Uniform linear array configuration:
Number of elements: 12
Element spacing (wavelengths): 0.75
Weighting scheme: uniform
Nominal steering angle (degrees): -60
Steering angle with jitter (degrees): -61.919
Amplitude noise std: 0.05
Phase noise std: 0.05

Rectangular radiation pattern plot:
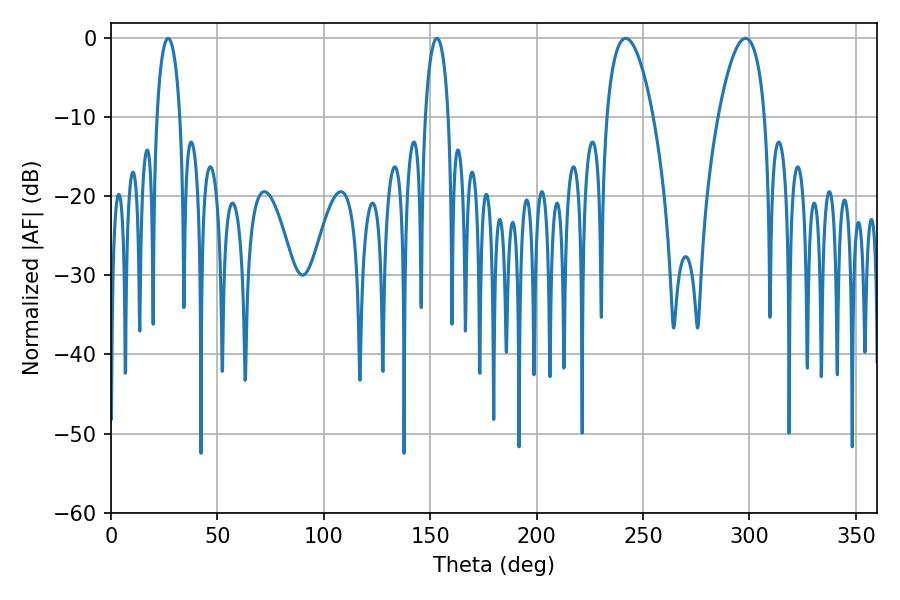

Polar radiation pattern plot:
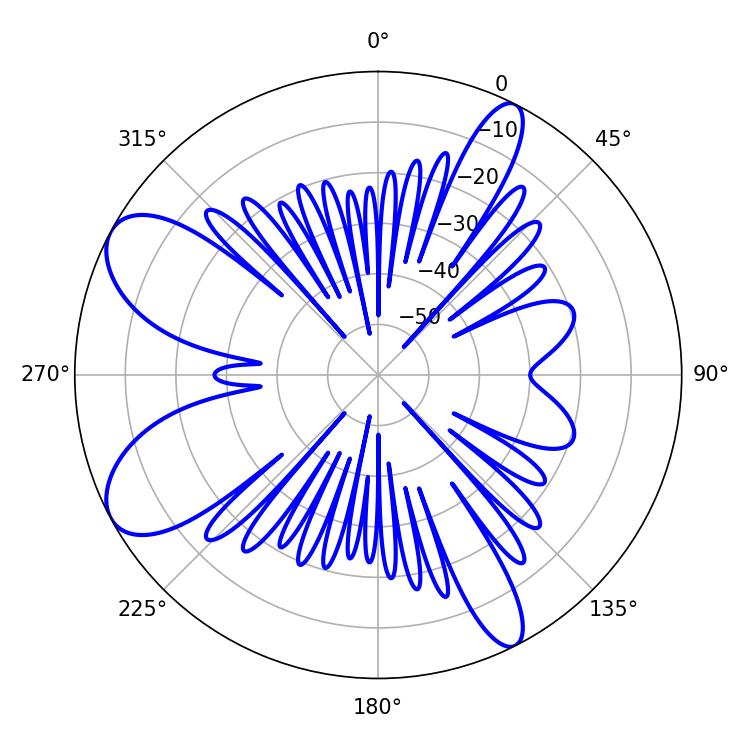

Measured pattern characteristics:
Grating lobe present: TRUE
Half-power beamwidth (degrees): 6.3
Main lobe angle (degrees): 26.82